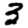
Digit: 3